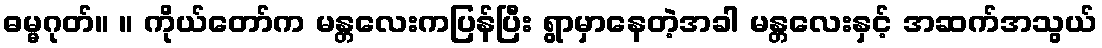
ဓမ္မဂုတ်။ ။ ကိုယ်တော်က မန္တလေးကပြန်ပြီး ရွာမှာနေတဲ့အခါ မန္တလေးနှင့် အဆက်အသွယ်